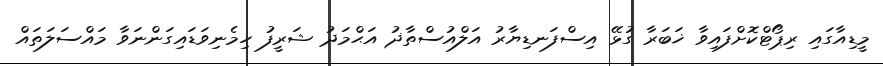
މީޑިއާގައި ރިޕޯޓްކޮށްފައިވާ ޚަބަރާ ގުޅޭ އިސްފަނޑިޔާރު އަލްއުސްތާޛު އަޙްމަދު ޝަރީފު ހިމެނިވަޑައިގަންނަވާ މައްސަލަތައް